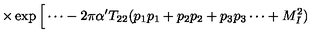
\times \exp \Big [ \cdots - 2 \pi \alpha ^ { \prime } T _ { 2 2 } ( p _ { 1 } p _ { 1 } + p _ { 2 } p _ { 2 } + p _ { 3 } p _ { 3 } \cdots + M _ { I } ^ { 2 } )